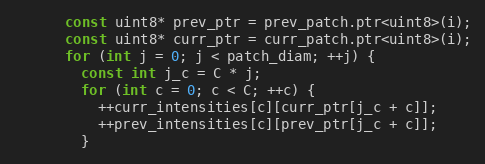
Language: C
      const uint8* prev_ptr = prev_patch.ptr<uint8>(i);
      const uint8* curr_ptr = curr_patch.ptr<uint8>(i);
      for (int j = 0; j < patch_diam; ++j) {
        const int j_c = C * j;
        for (int c = 0; c < C; ++c) {
          ++curr_intensities[c][curr_ptr[j_c + c]];
          ++prev_intensities[c][prev_ptr[j_c + c]];
        }